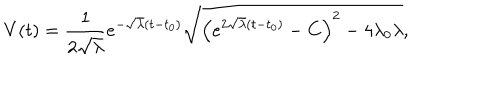
V ( t ) = \frac 1 { 2 \sqrt { \lambda } } e ^ { - \sqrt { \lambda } ( t - t _ { 0 } ) } \sqrt { \left( e ^ { 2 \sqrt { \lambda } ( t - t _ { 0 } ) } - C \right) ^ { 2 } - 4 \lambda _ { 0 } \lambda } ,